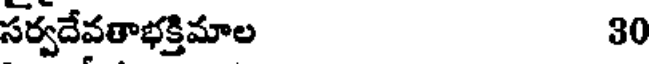
సర్వదేవతాభక్తిమాల 30